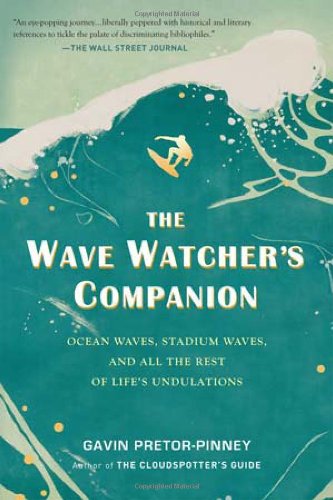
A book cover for The Wave Watcher's Companion: Ocean Waves, Stadium Waves, and All the Rest of Life's Undulations; Gavin Pretor-Pinney; Science & Math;